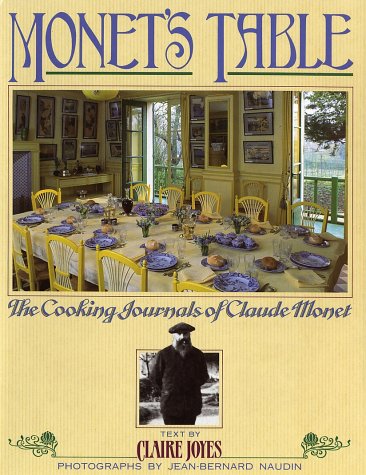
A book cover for Monet's Table: The Cooking Journals of Claude Monet; Claire Joyes; Cookbooks, Food & Wine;